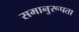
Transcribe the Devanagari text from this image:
समानुरूपता